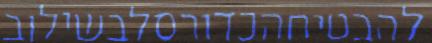
להבטיחהכדורסלבשילוב